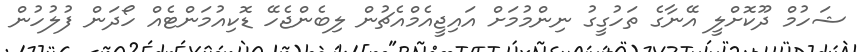
ޝަހުމް ދޫކޮށްލީ އޭނާގެ ތަހުގީގު ނިންމުމަށް އައިޖީއެމްއެޗުން ލިބެންޖެހޭ ޑޮކިއުމަންޓެއް ހޯދަން ފުލުހުން